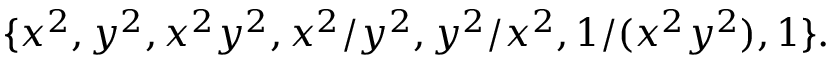
\{ x ^ { 2 } , y ^ { 2 } , x ^ { 2 } y ^ { 2 } , x ^ { 2 } / y ^ { 2 } , y ^ { 2 } / x ^ { 2 } , 1 / ( x ^ { 2 } y ^ { 2 } ) , 1 \} .